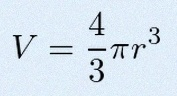
V=\frac43\pi r^3